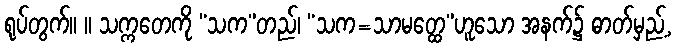
ရုပ်တွက်။ ။ သက္ကတေကို “သက”တည်၊ “သက=သာမတ္ထေ”ဟူသော အနက်၌ ဓာတ်မှည့်,